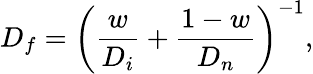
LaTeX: D_{f}=\left(\frac{w}{D_{i}}+\frac{1-w}{D_{n}}\right)^{-1},